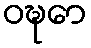
ဝဍ္ဎော